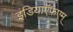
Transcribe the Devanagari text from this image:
इंडियाऍफ़एम्